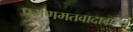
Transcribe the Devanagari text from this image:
पुराणमतवादामध्ये